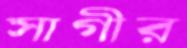
সাগীর